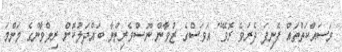
މަސައްކަތްތައް ފެނިފަ ދެރަވެ ރޮވޭ" އަވަސްގެ ޒުވާން ނޫސްވެރިންނާ ބައްދަލުކޮށް ރިލްވާންގެ މަންމަ